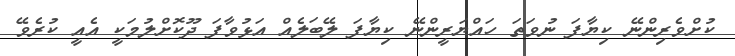
ކުށްވެރިންނޭ ކިޔާފަ ނުވަތަ ހައްޔަރީންނޭ ކިޔާފަ ލޭބަލެއް އަޅުުވާފަ ދޫކޮށްލުމަކީ އެއީ ކުރެވޭ